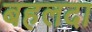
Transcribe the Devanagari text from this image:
बहलदा